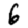
Digit: 6